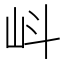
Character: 㞳